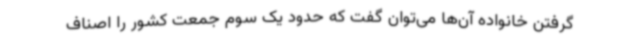
گرفتن خانواده آن‌ها می‌توان گفت که حدود یک سوم جمعت کشور را اصناف